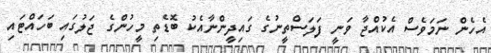
އެހެން ނަމަވެސް އެކުއްޖާ ވަނީ ފަލަސްތީނުގެ ގައިދީންނާއެކު ބޮޑެތި މީހުންގެ ޖަލުގައި ބަހައްޓައި